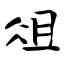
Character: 俎